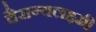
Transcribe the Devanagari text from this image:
वैराग्यलक्ष्मी